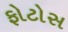
ફોટોસ